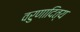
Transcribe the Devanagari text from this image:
वरुणादित्य